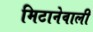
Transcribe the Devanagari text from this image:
मिटानेवाली